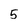
Character: 5